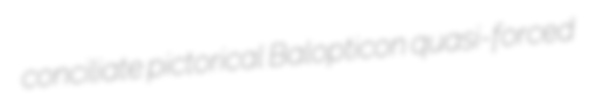
conciliate pictorical Balopticon quasi-forced